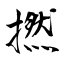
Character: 撚